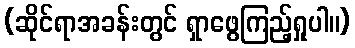
(ဆိုင်ရာအခန်းတွင် ရှာဖွေကြည့်ရှုပါ။)